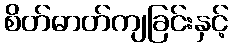
စိတ်ဓာတ်ကျခြင်းနှင့်